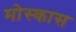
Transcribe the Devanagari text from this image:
मोस्कास